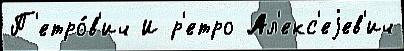
П'етро́в'ич И р'етро Ал'екс'еjев'ич